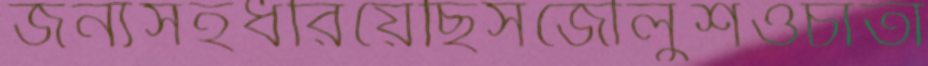
জন্যসহধরিয়েছিসজৌলুশওচাতা